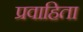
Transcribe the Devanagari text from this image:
प्रवाहिता